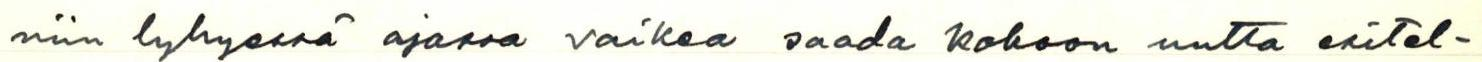
niin lyhyessä ajassa vaikea saada kokoon uutta esitel-